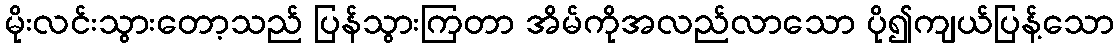
မိုးလင်းသွားတော့သည် ပြန်သွားကြတာ အိမ်ကိုအလည်လာသော ပို၍ကျယ်ပြန့်သော